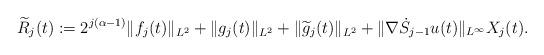
LaTeX: \begin{align*} \widetilde{R}_j(t) := 2^{j(\alpha-1)}\Vert f_j(t) \Vert_{L^2} + \Vert g_j(t)\Vert_{L^2} + \Vert \widetilde{g}_j(t)\Vert_{L^2} + \Vert \nabla \dot S_{j-1}u(t)\Vert_{L^\infty} X_j(t).\end{align*}